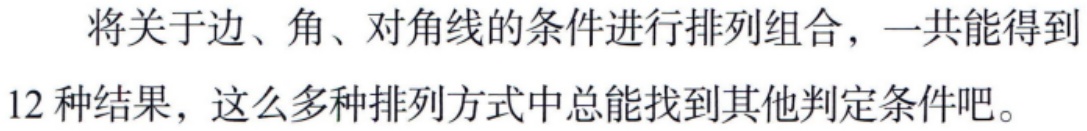
将关于边、角、对角线的条件进行排列组合，一共能得到

12 种结果，这么多种排列方式中总能找到其他判定条件吧。